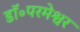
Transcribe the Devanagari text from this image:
डॉ॰परमेश्वर